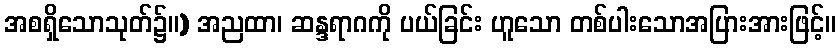
အစရှိသောသုတ်၌။) အညထာ၊ ဆန္ဒရာဂကို ပယ်ခြင်း ဟူသော တစ်ပါးသောအပြားအားဖြင့်။